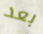
بعد